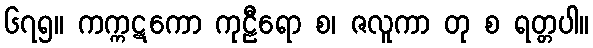
၆၇၅။ ကက္ကဋကော ကုဠီရော စ၊ ဇလူကာ တု စ ရတ္တပါ။